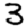
Digit: 3